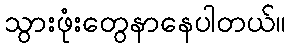
သွားဖုံးတွေနာနေပါတယ်။